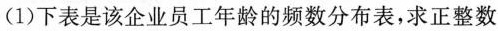
(1)下表是该企业员工年龄的频数分布表，求正整数